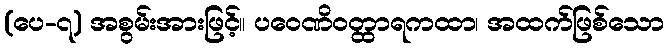
(ပေ-၇) အစွမ်းအားဖြင့်။ ပဝေဏိဝတ္ထာရကထာ၊ အထက်ဖြစ်သော